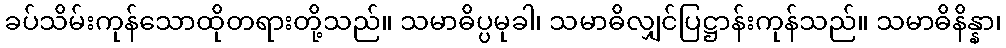
ခပ်သိမ်းကုန်သောထိုတရားတို့သည်။ သမာဓိပ္ပမုခါ၊ သမာဓိလျှင်ပြဋ္ဌာန်းကုန်သည်။ သမာဓိနိန္နာ၊